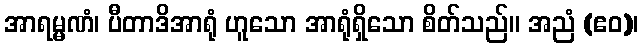
အာရမ္မဏံ၊ ပီတာဒိအာရုံ ဟူသော အာရုံရှိသော စိတ်သည်။ အညံ (ဧဝ)၊